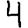
Digit: 4